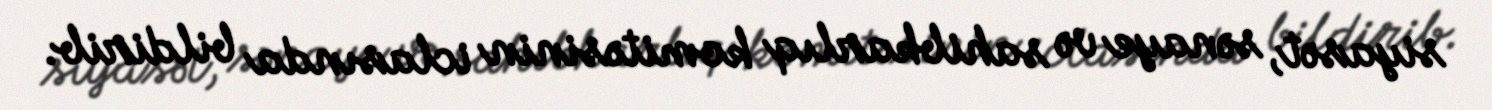
siyasət, sənaye və sahibkarlıq komitəsinin iclasında bildirib.